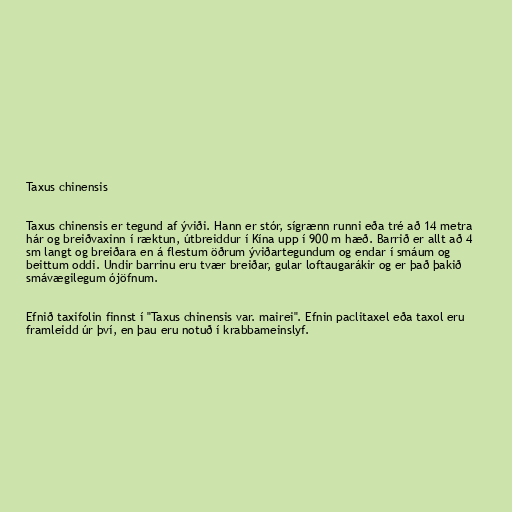
Taxus chinensis

Taxus chinensis er tegund af ýviði. Hann er stór, sígrænn runni eða tré að 14 metra
hár og breiðvaxinn í ræktun, útbreiddur í Kína upp í 900 m hæð. Barrið er allt að 4
sm langt og breiðara en á flestum öðrum ýviðartegundum og endar í smáum og
beittum oddi. Undir barrinu eru tvær breiðar, gular loftaugarákir og er það þakið
smávægilegum ójöfnum.

Efnið taxifolin finnst í "Taxus chinensis var. mairei". Efnin paclitaxel eða taxol eru
framleidd úr því, en þau eru notuð í krabbameinslyf.